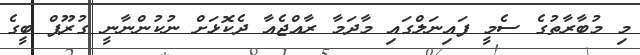
މި މުބާރާތުގެ ސެމީ ފައިނަލްގައި މާދަމާ ރާއްޖެއާ ދެކޮޅަށް ނުކުންނާނީ ގުރޫޕް ބީގެ